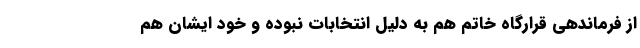
از فرماندهی قرارگاه خاتم هم به دلیل انتخابات نبوده و خود ایشان هم